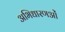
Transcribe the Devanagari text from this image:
अभिधारणओं